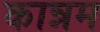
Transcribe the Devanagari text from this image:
कान्नम